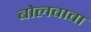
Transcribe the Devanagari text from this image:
बोलवावा